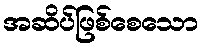
အဆိပ်ဖြစ်စေသော